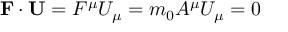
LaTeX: \mathbf { F } \cdot \mathbf { U } = F ^ { \mu } U _ { \mu } = m _ { 0 } A ^ { \mu } U _ { \mu } = 0